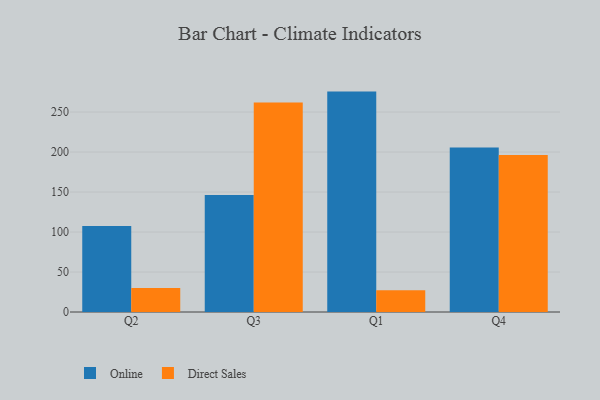
{"axis": {"x": "Quarter", "y": "Latency (ms)"}, "legend": ["Direct Sales", "Online"], "data": [{"x": "Q2", "y": 107.4, "type": "Online"}, {"x": "Q2", "y": 30.1, "type": "Direct Sales"}, {"x": "Q3", "y": 146.1, "type": "Online"}, {"x": "Q3", "y": 261.8, "type": "Direct Sales"}, {"x": "Q1", "y": 275.5, "type": "Online"}, {"x": "Q1", "y": 27.3, "type": "Direct Sales"}, {"x": "Q4", "y": 205.5, "type": "Online"}, {"x": "Q4", "y": 196.3, "type": "Direct Sales"}]}